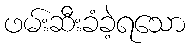
ဖမ်းဆီးခံခဲ့ရသော